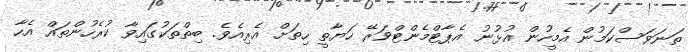
ތަނަވަސްކަމުން އެމީހުން އުޅުނު އެޕާޓްމެންޓްވަރޭ ހަޔާތީ ހިތަށް އެރިއެވެ. ބިތްތަކުގައިވާ ކުރެހުންތައް އެހާ